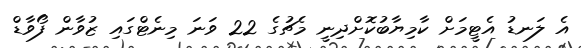
އެ ލަނޑު އެޓީމަށް ކާމިޔާބުކޮށްދިނީ މެޗުގެ 22 ވަނަ މިނެޓްގައި ޒުވާން ފޯވާޑް